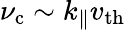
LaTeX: \nu_{\mathrm{c}}\sim k_{\| }v_{\mathrm{th}}